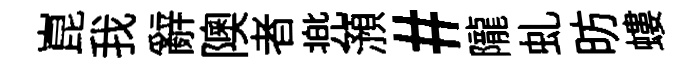
崑我辭隩者兠澦#隴虬昉螻